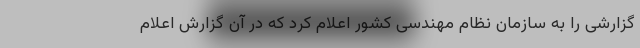
گزارشی را به سازمان نظام مهندسی کشور اعلام کرد که در آن گزارش اعلام